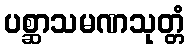
ပစ္ဆာသမဏသုတ္တံ